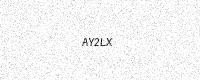
Text: AY2LX